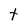
Character: t